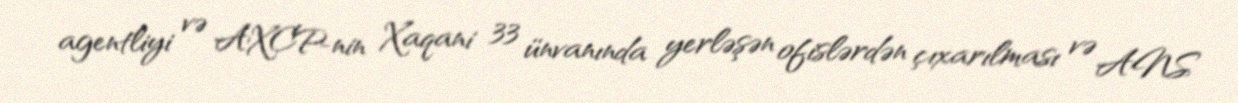
agentliyi və AXCP-nin Xaqani 33 ünvanında yerləşən ofislərdən çıxarılması və ANS